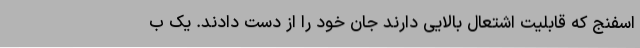
اسفنج که قابلیت اشتعال بالایی دارند جان خود را از دست دادند. یک ب